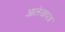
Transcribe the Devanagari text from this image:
आलेखपत्र